Annual administration report of the Civil Veterinary Department of India - 1898-1899
Year: 1898
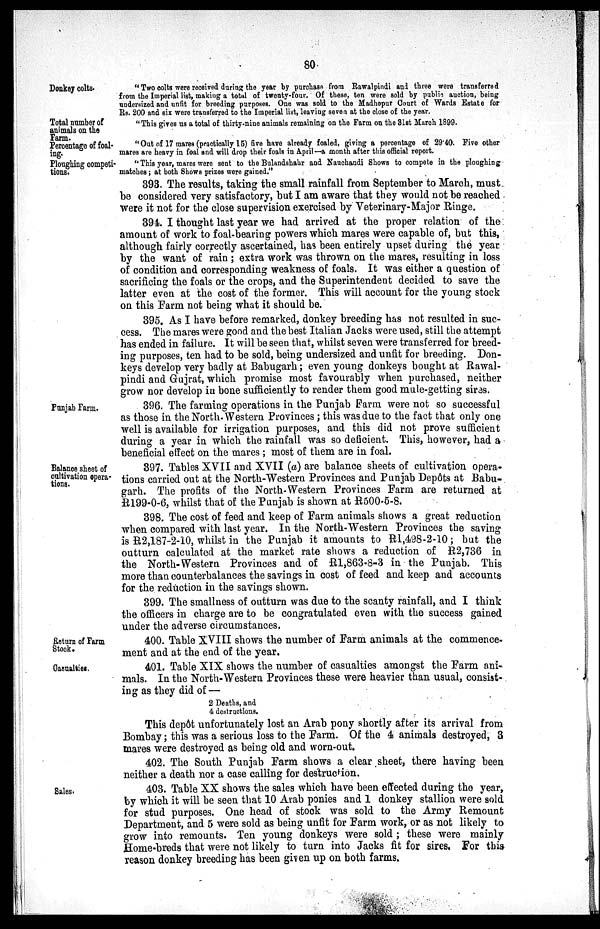
80
Donkey colts.
"Two colts were received during the year by purchase from Rawalpindi and three were transferred
from the Imperial list, making a total of twenty-four. Of these, ten were sold by public auction, being
undersized and unfit for breeding purposes. One was sold to the Madhopur Court of Wards Estate for
Rs. 200 and six were transferred to the Imperial list, leaving seven at the close of the year.
Total number of
animals on the
Farm.
"This gives us a total of thirty-nine animals remaining on the Farm on the 31st March 1899.
Percentage of foal-
ing.
"Out of 17 mares (practically 15) five have already foaled, giving a percentage of 29.40. Five other
mares are heavy in foal and will drop their foals in April—a month after this official report.
Ploughing competi-
tions.
"This year, mares were sent to the Bulandshahr and Nauchandi Shows to compete in the ploughing
matches; at both Shows prizes were gained."
393. The results, taking the small rainfall from September to March, must
be considered very satisfactory, but I am aware that they would not be reached
were it not for the close supervision exercised by Veterinary-Major Ringe.
394. I thought last year we had arrived at the proper relation of the
amount of work to foal-bearing powers which mares were capable of, but this,
although fairly correctly ascertained, has been entirely upset during the year
by the want of rain; extra work was thrown on the mares, resulting in loss
of condition and corresponding weakness of foals. It was either a question of
sacrificing the foals or the crops, and the Superintendent decided to save the
latter even at the cost of the former. This will account for the young stock
on this Farm not being what it should be.
395. As I have before remarked, donkey breeding has not resulted in suc-
cess. The mares were good and the best Italian Jacks were used, still the attempt
has ended in failure. It will be seen that, whilst seven were transferred for breed-
ing purposes, ten had to be sold, being undersized and unfit for breeding. Don-
keys develop very badly at Babugarh; even young donkeys bought at Rawal-
pindi and Gujrat, which promise most favourably when purchased, neither
grow nor develop in bone sufficiently to render them good mule-getting sires.
Punjab Farm.
396. The farming operations in the Punjab Farm were not so successful
as those in the North. Western Provinces; this was due to the fact that only one
well is available for irrigation purposes, and this did not prove sufficient
during a year in which the rainfall was so deficient. This, however, had a
beneficial effect on the mares; most of them are in foal.
Balance sheet of
cultivation opera-
tions.
397. Tables XVII and XVII (a) are balance sheets of cultivation opera-
tions carried out at the North-Western Provinces and Punjab Depôts at Babu-
garh. The profits of the North-Western Provinces Farm are returned at
R199-0-6, whilst that of the Punjab is shown at R500-5-8.
398. The cost of feed and keep of Farm animals shows a great reduction
when compared with last year. In the North-Western Provinces the saving
is R2,187-2-10, whilst in the Punjab it amounts to R1,498-2-10; but the
outturn calculated at the market rate shows a reduction of R2,736 in
the North-Western Provinces and of R1,863-8-3 in the Punjab. This
more than counterbalances the savings in cost of feed and keep and accounts
for the reduction in the savings shown.
399. The smallness of outturn was due to the scanty rainfall, and I think
the officers in charge are to be congratulated even with the success gained
under the adverse circumstances.
Return of Farm
Stock.
400. Table XVIII shows the number of Farm animals at the commence-
ment and at the end of the year.
Casualties.
401. Table XIX shows the number of casualties amongst the Farm ani-
mals. In the North-Western Provinces these were heavier than usual, consist-
ing as they did of—
2 Deaths, and
4 destructions.
This depôt unfortunately lost an Arab pony shortly after its arrival from
Bombay; this was a serious loss to the Farm. Of the 4 animals destroyed, 3
mares were destroyed as being old and worn-out.
402. The South Punjab Farm shows a clear sheet, there having been
neither a death nor a case calling for destruction.
Sales.
403. Table XX shows the sales which have been effected during the year,
by which it will be seen that 10 Arab ponies and 1 donkey stallion were sold
for stud purposes. One head of stock was sold to the Army Remount
Department, and 5 were sold as being unfit for Farm work, or as not likely to
grow into remounts. Ten young donkeys were sold; these were mainly
Home-breds that were not likely to turn into Jacks fit for sires. For this
reason donkey breeding has been given up on both farms.